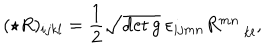
( \star R ) _ { i j k l } = { \frac { 1 } { 2 } } \sqrt { \det g } \: \varepsilon _ { i j m n } R _ { \: \: \: \: \: \: k l } ^ { m n } ,